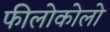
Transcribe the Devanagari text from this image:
फीलोकोलो